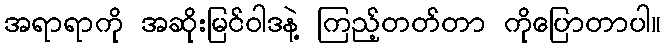
အရာရာကို အဆိုးမြင်ဝါဒနဲ့ ကြည့်တတ်တာ ကိုပြောတာပါ။